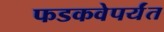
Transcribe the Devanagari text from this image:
फडकवेपर्यंत